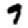
Digit: 9